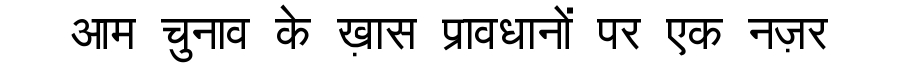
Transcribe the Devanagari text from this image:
आम चुनाव के ख़ास प्रावधानों पर एक नज़र